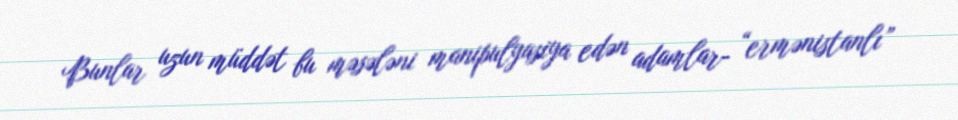
Bunlar uzun müddət bu məsələni manipulyasiya edən adamlar- “ermənistanlı”